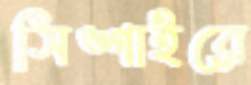
সিঙ্গাইরে